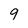
Character: 9